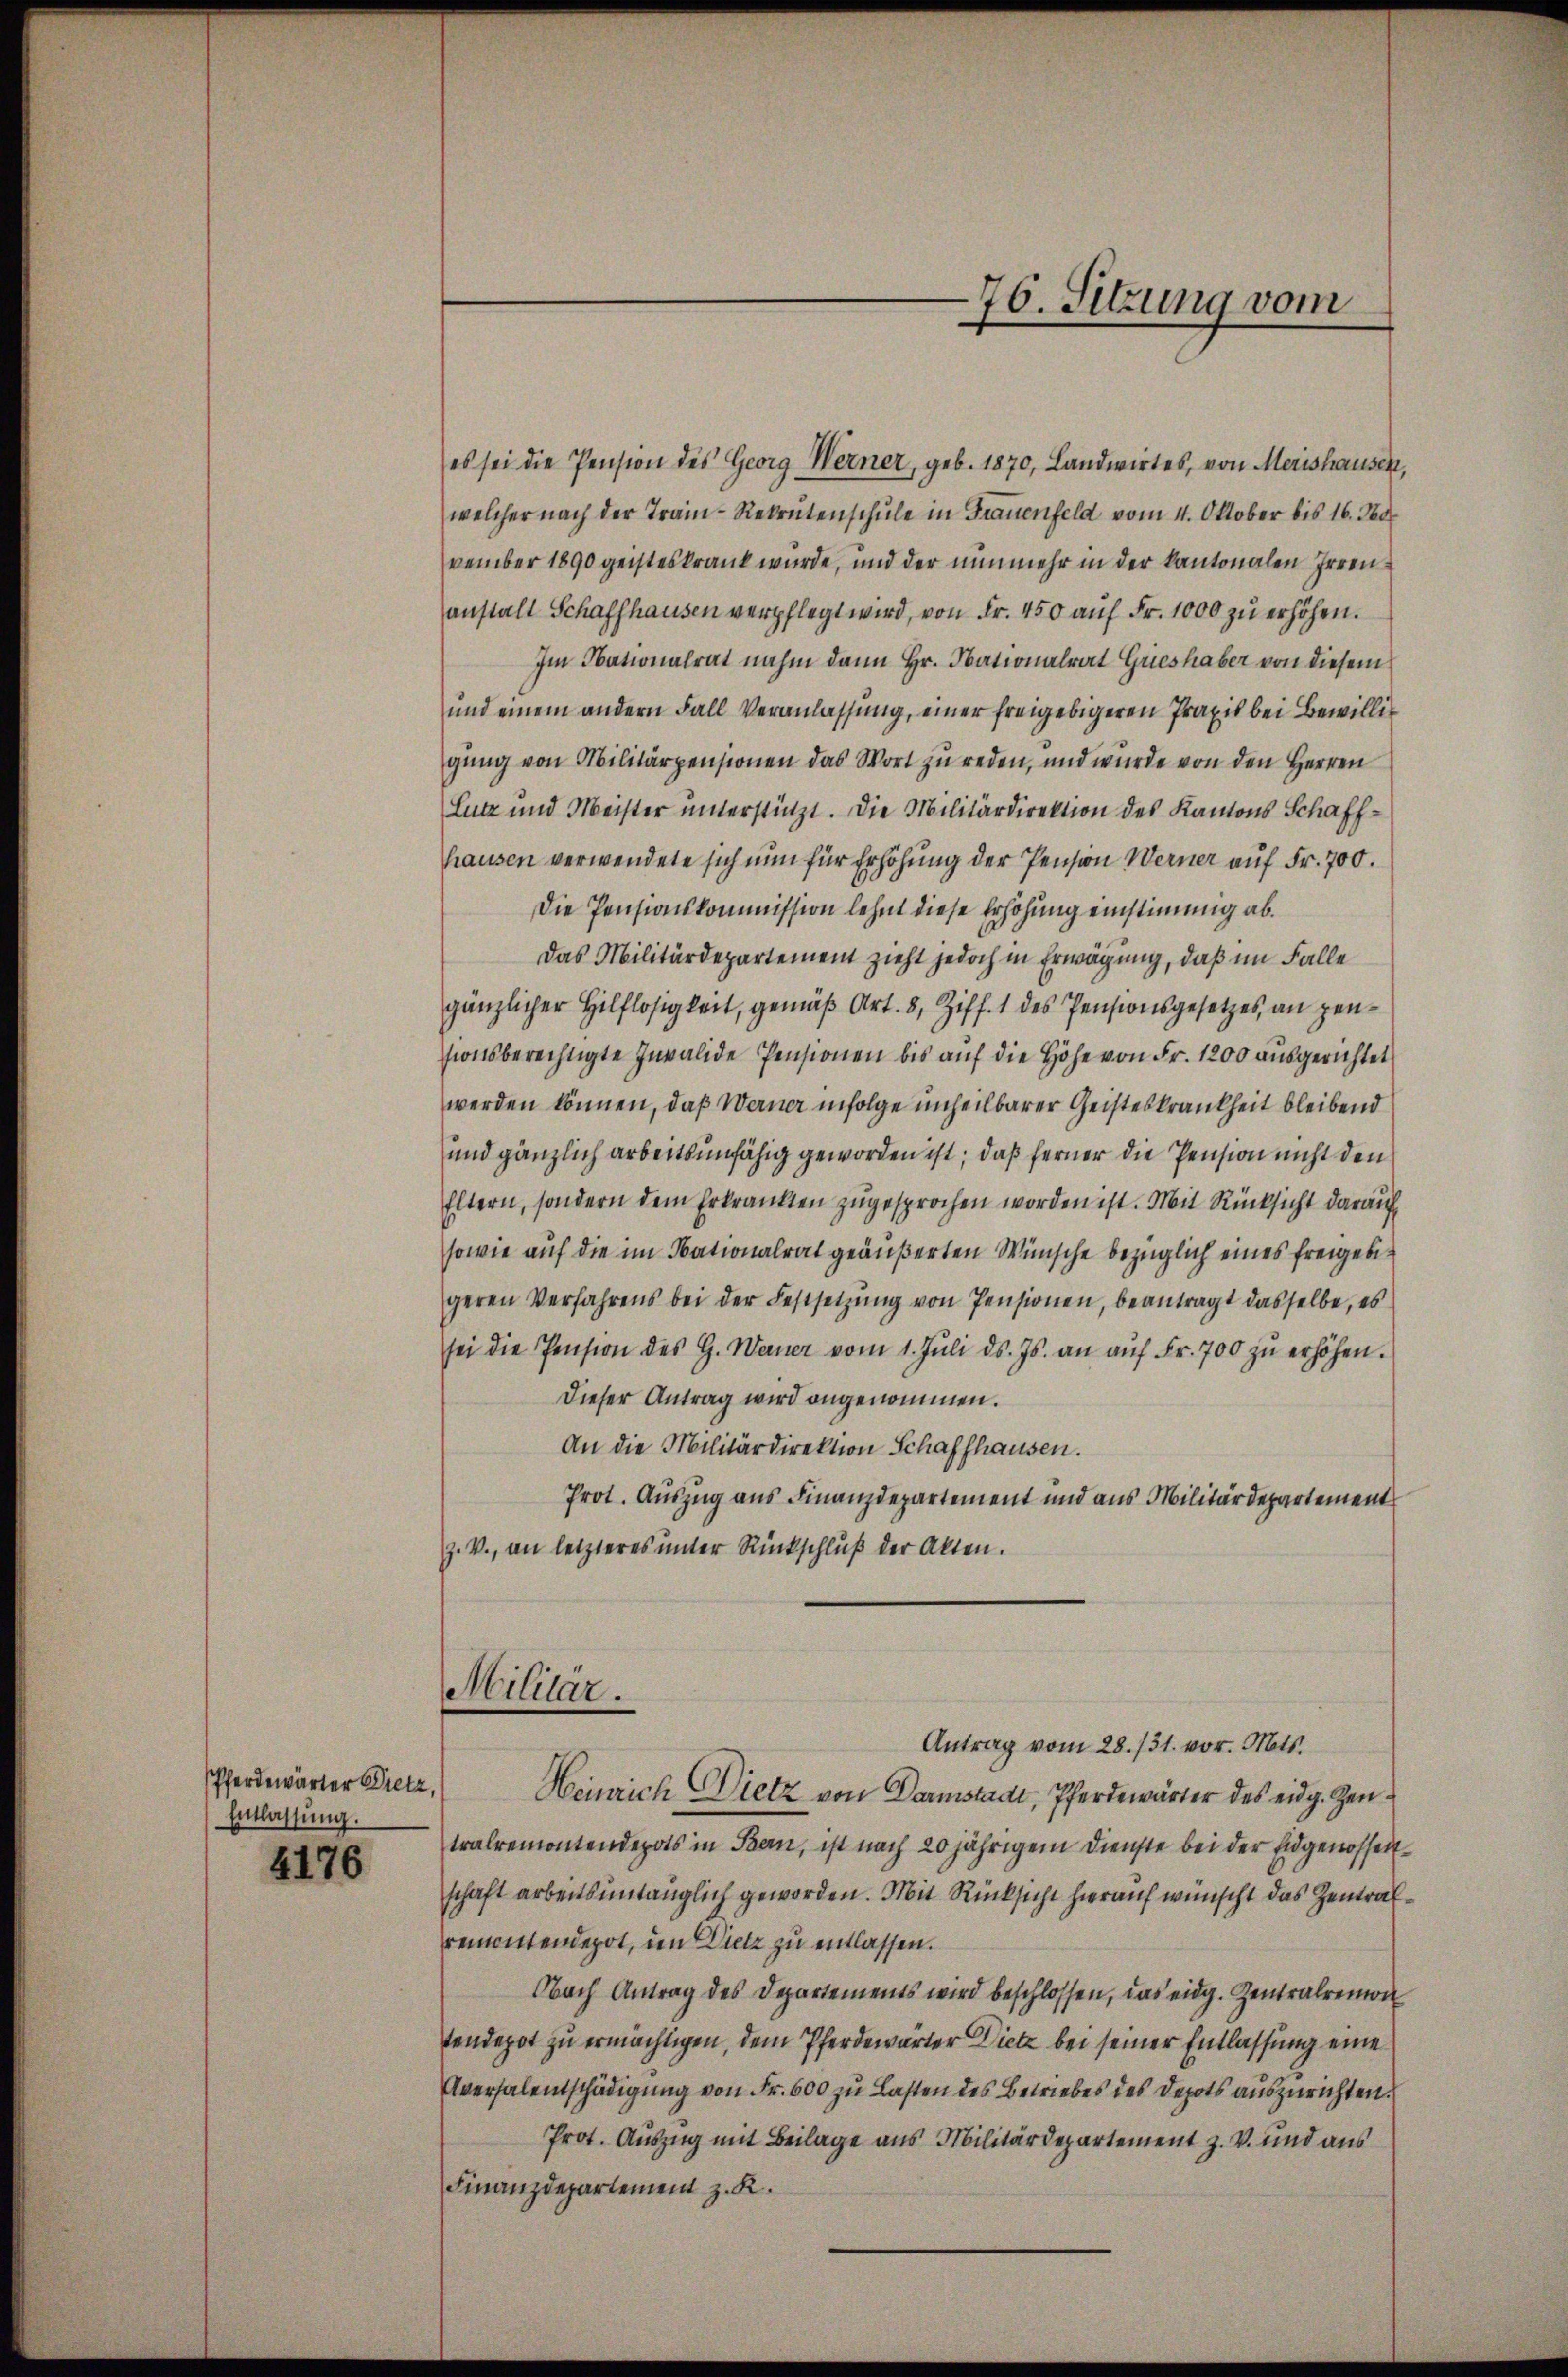
Pferdewärter Dietz,
Entlassung.

6176

es sei die Pension des Georg Werner, geb. 1870, Landwirtes, von Merishausen,
welcher nach der Train-Rekrutenschule in Frauenfeld vom 1. Oktober bis 16. No
vember 1890 geisteskrank wurde, und der nunmehr in der kantonalen Irren
anstalt Schaffhausen verpflegt wird, von Fr. 450 aŭf Fr. 1000 zŭ erhöhen.
Im Nationalrat nahm dann Hr. Nationalrat Grieshaber von diesem
und einem andern Fall Veranlassung, einer freigebigeren Praxis bei Bewilligung von Militärpensionen das Wort zu reden, und wurde von den Herren
Lutz und Meister unterstützt. Die Militärdirektion des Kantons Schaffhausen verwendete sich nun für Erhöhung der Pension Werner auf Fr. 700.
Die Pensionskommission lehnt diese Erhöhung einstimmig ab¬
Das Militärdepartement zieht jedoch in Erwägung, daß im Falle
gänzlicher Hilflosigkeit, gemäß Art. 8, Ziff. 1 des Pensionsgesetzes an pensionsberechtigte Invalide Pensionen bis auf die Höhe von Fr. 1200 ausgerichtet
werden können, daß Werner infolge unheilbarer Geisteskrankheit bleibend
und gänzlich arbeitsunfähig geworden ist; daß ferner die Pension nicht den
Eltern, sondern dem Erkrankten zugesprochen worden ist. Mit Rücksicht darauf
sowie auf die im Nationalrat geäußerten Wünsche bezüglich eines freigebegeren Verfahrens bei der Festsetzŭng von Pensionen, beantragt dasselbe, es
sei die Pension des G. Warner vom 1. Jŭli d. Js. an aŭf Fr. 700 zŭ erhöhen.
Dieser Antrag wird angenommen.
An die Militärdirektion Schaffhausen.
Prot. Auszug aus Finanzdepartement und aus Militärdepartement
Z. V., an letzteres unter Rückschluß der Akten.
Militär.
Antrag vom 28. 131. vor. Mts.
Heinrich Dietz von Darmstadt, Pferdewärter des eidg. Zeutralremontendepots in Bern, ist nach 20 jährigem Dienste bei der Eidgenossenschaft arbeitsuntauglich geworden. Mit Rücksicht hierauf wünscht das Zentralrementendepot, den Dietz zu entlassen.
Nach Antrag des Departements wird beschlossen, das eidg. Zentralremon
tendepot zu ermächtigen, dem Pferdewärter Dietz bei seiner Entlassung eine
Aversalentschädigung von Fr. 600 zu Lasten des Betriebes des Depots auszurichten.
Prot. Auszug mit Beilage aus Militärdepartement z. V. und aus
Finanzdepartement z. K.

76. Setzung vom